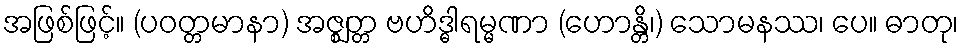
အဖြစ်ဖြင့်။ (ပဝတ္တမာနာ) အဇ္ဈတ္တ ဗဟိဒ္ဓါရမ္မဏာ (ဟောန္တိ၊) သောမနဿ၊ ပေ။ ဓာတု၊